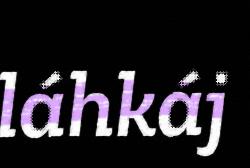
láhkáj